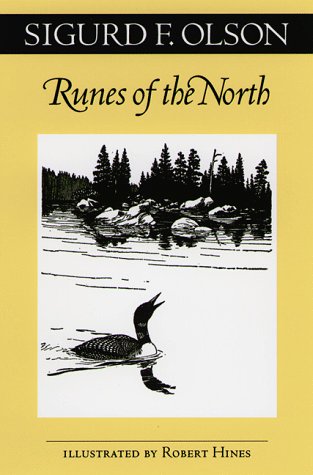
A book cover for Runes Of The North (Fesler-Lampert Minnesota Heritage); Sigurd F. Olson; Travel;